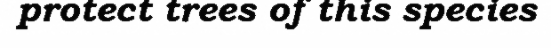
protect trees of this species